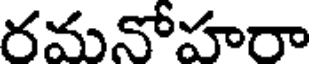
రమనోహరా